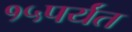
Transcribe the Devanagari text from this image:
१५पर्यंत